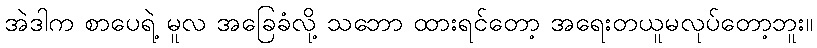
အဲဒါက စာပေရဲ့ မူလ အခြေခံလို့ သဘော ထားရင်တော့ အရေးတယူမလုပ်တော့ဘူး။